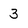
Character: 3